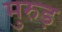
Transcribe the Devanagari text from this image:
मुरुड़